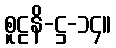
စူဠနိ-ဋ္ဌ-၁၄။